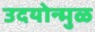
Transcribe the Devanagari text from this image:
उदयोन्मुळ